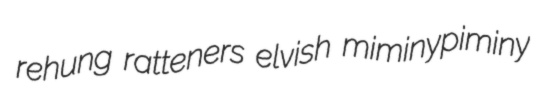
rehung ratteners elvish miminypiminy